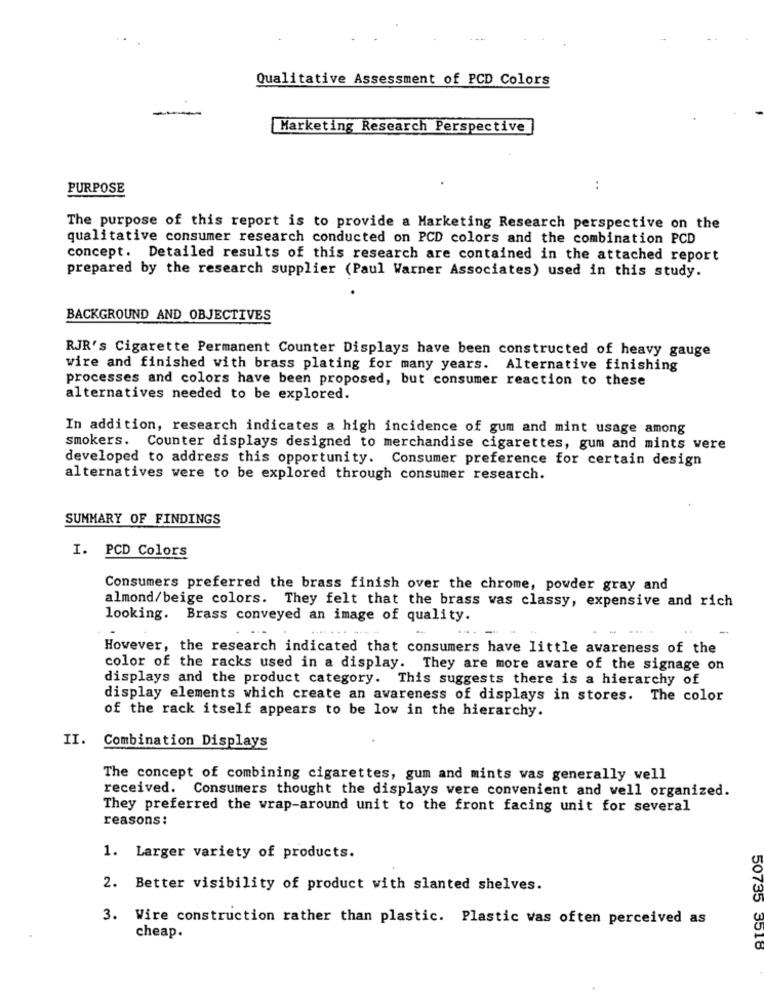
Qualitative Assessment of PCD Colors
Marketing Research Perspective
PURPOSE
:
The purpose of this report is to provide a Marketing Research perspective on the
qualitative consumer research conducted on PCD colors and the combination PCD
concept. Detailed results of this research are contained in the attached report
prepared by the research supplier (Paul Warner Associates) used in this study.
BACKGROUND AND OBJECTIVES
RJR's Cigarette Permanent Counter Displays have been constructed of heavy gauge
wire and finished with brass plating for many years. Alternative finishing
processes and colors have been proposed, but consumer reaction to these
alternatives needed to be explored.
In addition, research indicates a high incidence of gum and mint usage among
smokers. Counter displays designed to merchandise cigarettes, gum and mints were
developed to address this opportunity. Consumer preference for certain design
alternatives were to be explored through consumer research.
SUMMARY OF FINDINGS
I. PCD Colors
Consumers preferred the brass finish over the chrome, powder gray and
almond/beige colors. They felt that the brass was classy, expensive and rich
looking. Brass conveyed an image of quality.
However, the research indicated that consumers have little awareness of the
color of the racks used in a display. They are more aware of the signage on
displays and the product category. This suggests there is a hierarchy of
display elements which create an awareness of displays in stores. The color
of the rack itself appears to be low in the hierarchy.
II.
Combination Displays
The concept of combining cigarettes, gum and mints was generally well
received. Consumers thought the displays vere convenient and well organized.
They preferred the wrap-around unit to the front facing unit for several
reasons:
1. Larger variety of products.
2. Better visibility of product with slanted shelves.
3. Wire construction rather than plastic. Plastic was often perceived as
cheap.
50735 3518